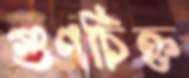
গুণচিহ্ন